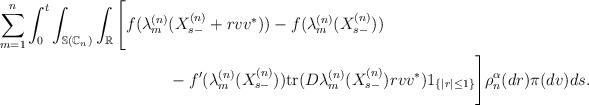
LaTeX: \begin{align*}\sum_{m=1}^{n}\int_{0}^{t}\int_{\mathbb{S}(\mathbb{C}_{n})}\int_{\mathbb{R}}\Bigg[f(\lambda_{m}^{(n)} &(X_{s-}^{(n)}+rvv^{\ast}))-f(\lambda_{m}^{(n)}(X_{s-}^{(n)})) \\& -f^{\prime}(\lambda_{m}^{(n)}(X_{s-}^{(n)}))\mathrm{tr}(D\lambda_{m}^{(n)}(X_{s-}^{(n)})rvv^{\ast})1_{\{|r|\leq1\}}\Bigg]\rho_{n}^{\alpha}(dr)\pi(dv)ds.\end{align*}